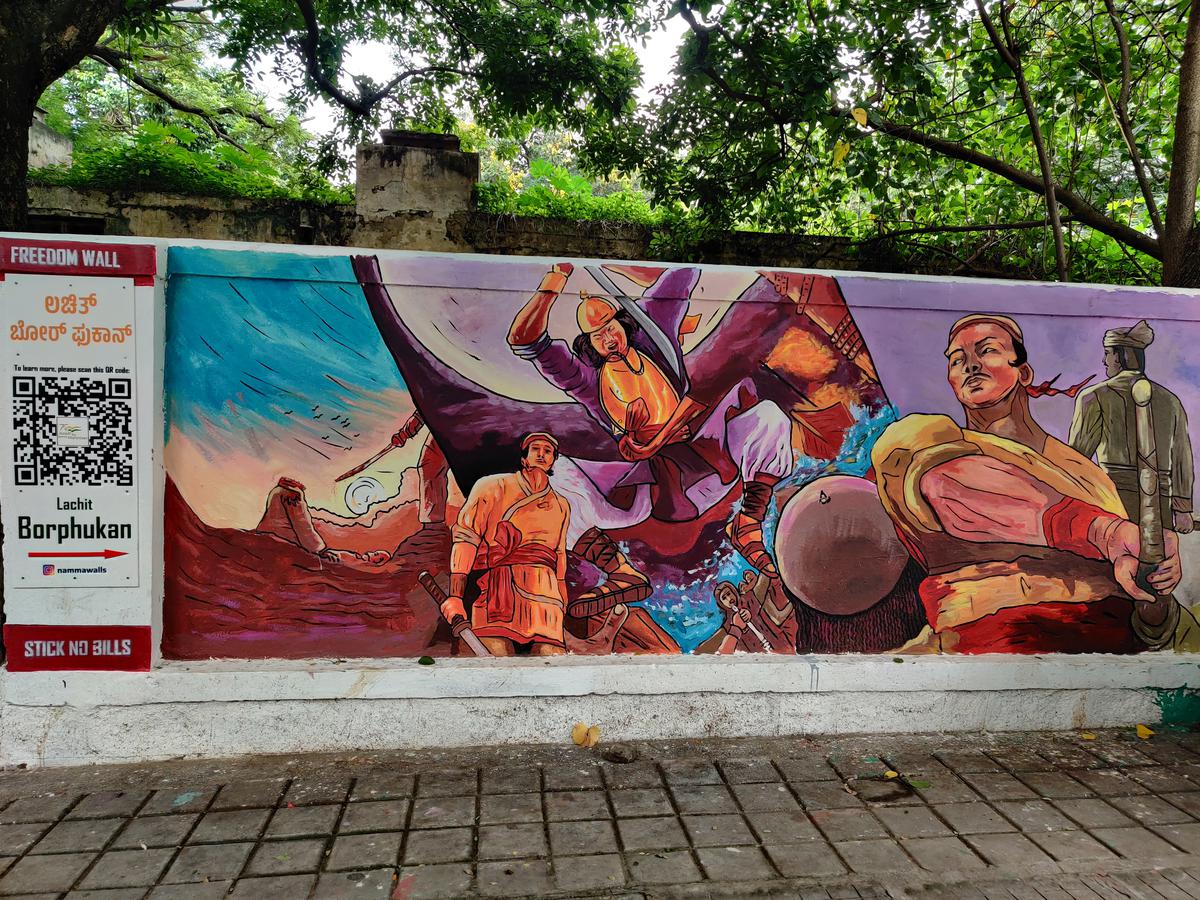
Language: kannada
Transcription: ಫುಕಾನ್ ಲಚಿತ್ ಬೋರ್